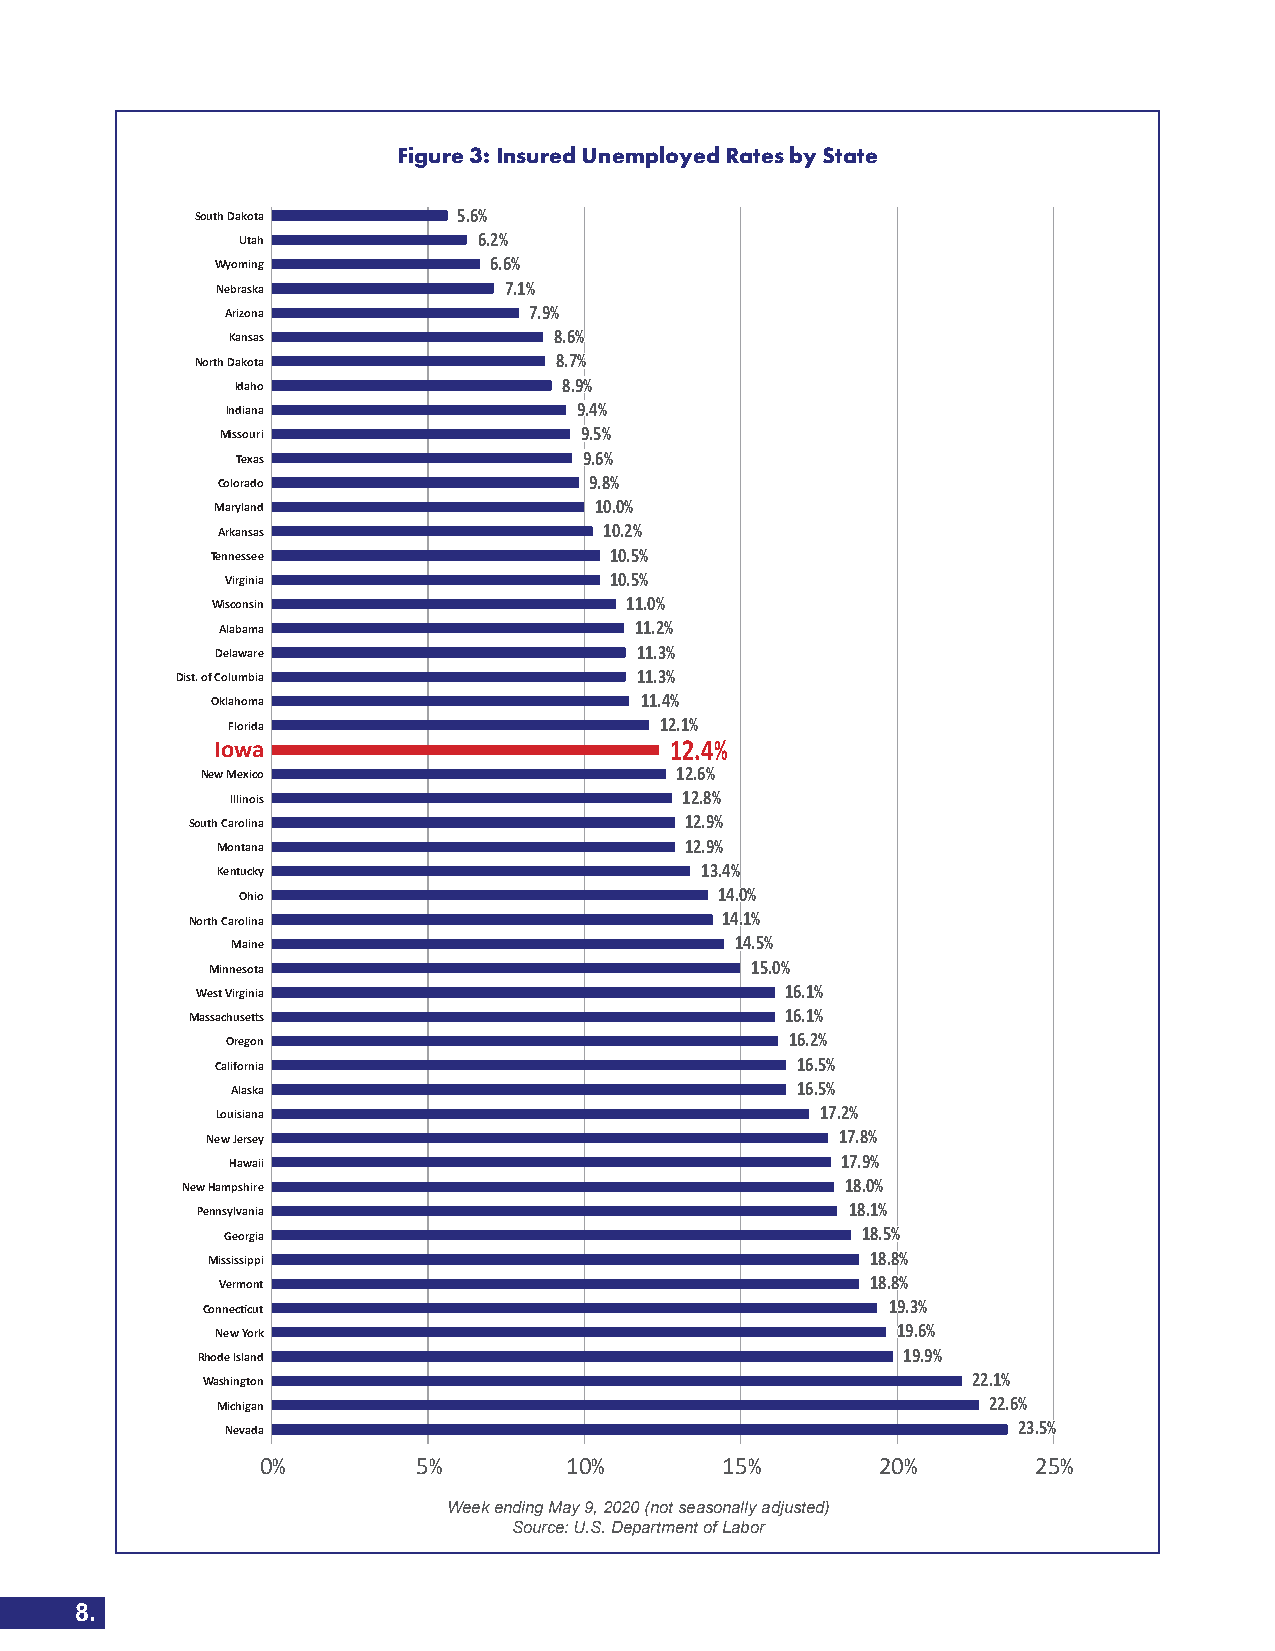
Figure 3: Insured Unemployed Rates by State
 South Dakota     55..66%%
 Utah            66..22%%
 Wyoming           66..66%%
 Nebraska           77..11%%
 Arizona             77..99%%
 Kansas                88..66%%
 North Dakota            88..77%%
 Idaho                88..99%%
 Indiana                99..44%%
 Missouri               99..55%%
 Texas                  99..66%%
 Colorado                 99..88%%
 Maryland                 1100..00%%
 Arkansas                  1100..22%%
 Tennessee                 1100..55%%
 Virginia                 1100..55%%
 Wisconsin                  1111..00%%
 Alabama                     1111..22%%
 Delaware                    1111..33%%
 Dist. of Columbia             1111..33%%
 Oklahoma                    1111..44%%
 Florida                      1122..11%%
 Iowa                          1122..44%%
 New Mexico                      1122..66%%
 Illinois                      1122..88%%
 South Carolina                  1122..99%%
 Montana                        1122..99%%
 Kentucky                        1133..44%%
 Ohio                            1144..00%%
 North Carolina                     1144..11%%
 Maine                             1144..55%%
 Minnesota                           1155..00%%
 West Virginia                          1166..11%%
 Massachusetts                          1166..11%%
 Oregon                               1166..22%%
 California                             1166..55%%
 Alaska                                1166..55%%
 Louisiana                               1177..22%%
 New Jersey                                1177..88%%
 Hawaii                                   1177..99%%
 New Hampshire                               1188..00%%
 Pennsylvania                               1188..11%%
 Georgia                                   1188..55%%
 Mississippi                                 1188..88%%
 Vermont                                    1188..88%%
 Connecticut                                   1199..33%%
 New York                                     1199..66%%
 Rhode Island                                   1199..99%%
 Washington                                         2222..11%%
 Michigan                                           2222..66%%
 Nevada                                              2233..55%%
 0%         5%       10%        15%       20%        25%
 Week ending May 9, 2020 (not seasonally adjusted)
 Source: U.S. Department of Labor
 8.